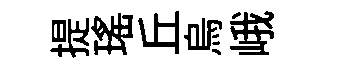
提瑶丘烏峨